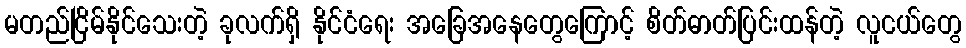
မတည်ငြိမ်နိုင်သေးတဲ့ ခုလက်ရှိ နိုင်ငံရေး အခြေအနေတွေကြောင့် စိတ်ဓာတ်ပြင်းထန်တဲ့ လူငယ်တွေ